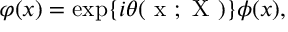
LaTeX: \varphi ( x ) = \exp \{ i \theta ( \mathrm { \boldmath ~ x ~ } ; \mathrm { \boldmath ~ X ~ } ) \} \phi ( x ) ,